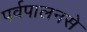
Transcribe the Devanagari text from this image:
पर्वपालनसे